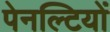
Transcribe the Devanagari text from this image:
पेनल्टियों